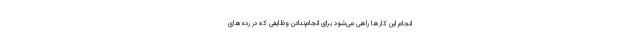
انجام این کارها راهی می‌شود برای انجام‌ندادنِ وظایفی که در رده‌های